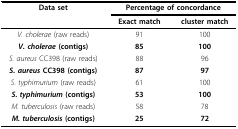
| Data set | <COLSPAN=2> Percentage of concordance |
 |  | Exact match | cluster match |
 | --- | --- | --- |
 | V. cholerae (raw reads) | 91 | 100 |
 | V. cholerae (contigs) | 85 | 100 |
 | S. aureus CC398 (raw reads) | 88 | 96 |
 | S. aureus CC398 (contigs) | 87 | 97 |
 | S. typhimurium (raw reads) | 61 | 100 |
 | S. typhimurium (contigs) | 53 | 100 |
 | M. tuberculosis (raw reads) | 58 | 78 |
 | M. tuberculosis (contigs) | 25 | 72 |